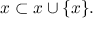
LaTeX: x \subset x \cup \{ x \} .